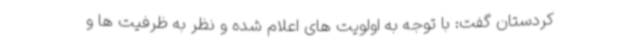
کردستان گفت: با توجه به اولویت های اعلام شده و نظر به ظرفیت ها و